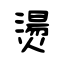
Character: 燙